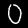
Label: 0